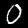
Digit: 0